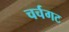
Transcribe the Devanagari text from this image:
चर्चगट